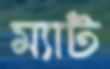
ম্যাট